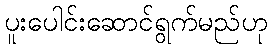
ပူးပေါင်းဆောင်ရွက်မည်ဟု